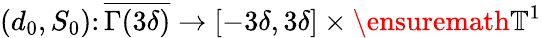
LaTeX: (d_{0},S_{0})\colon\overline{{\Gamma(3\delta)}}\rightarrow[-3\delta,3\delta]\times\ensuremath{\mathbb{T}}^{1}